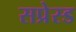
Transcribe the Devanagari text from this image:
सप्रेस्ड